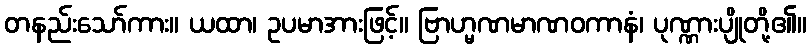
တနည်းသော်ကား။ ယထာ၊ ဥပမာအားဖြင့်။ ဗြာဟ္မဏမာဏဝကာနံ၊ ပုဏ္ဏားပျိုတို့၏။